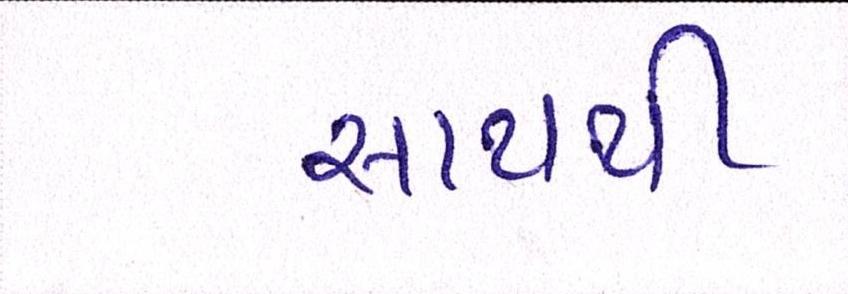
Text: સાથથી